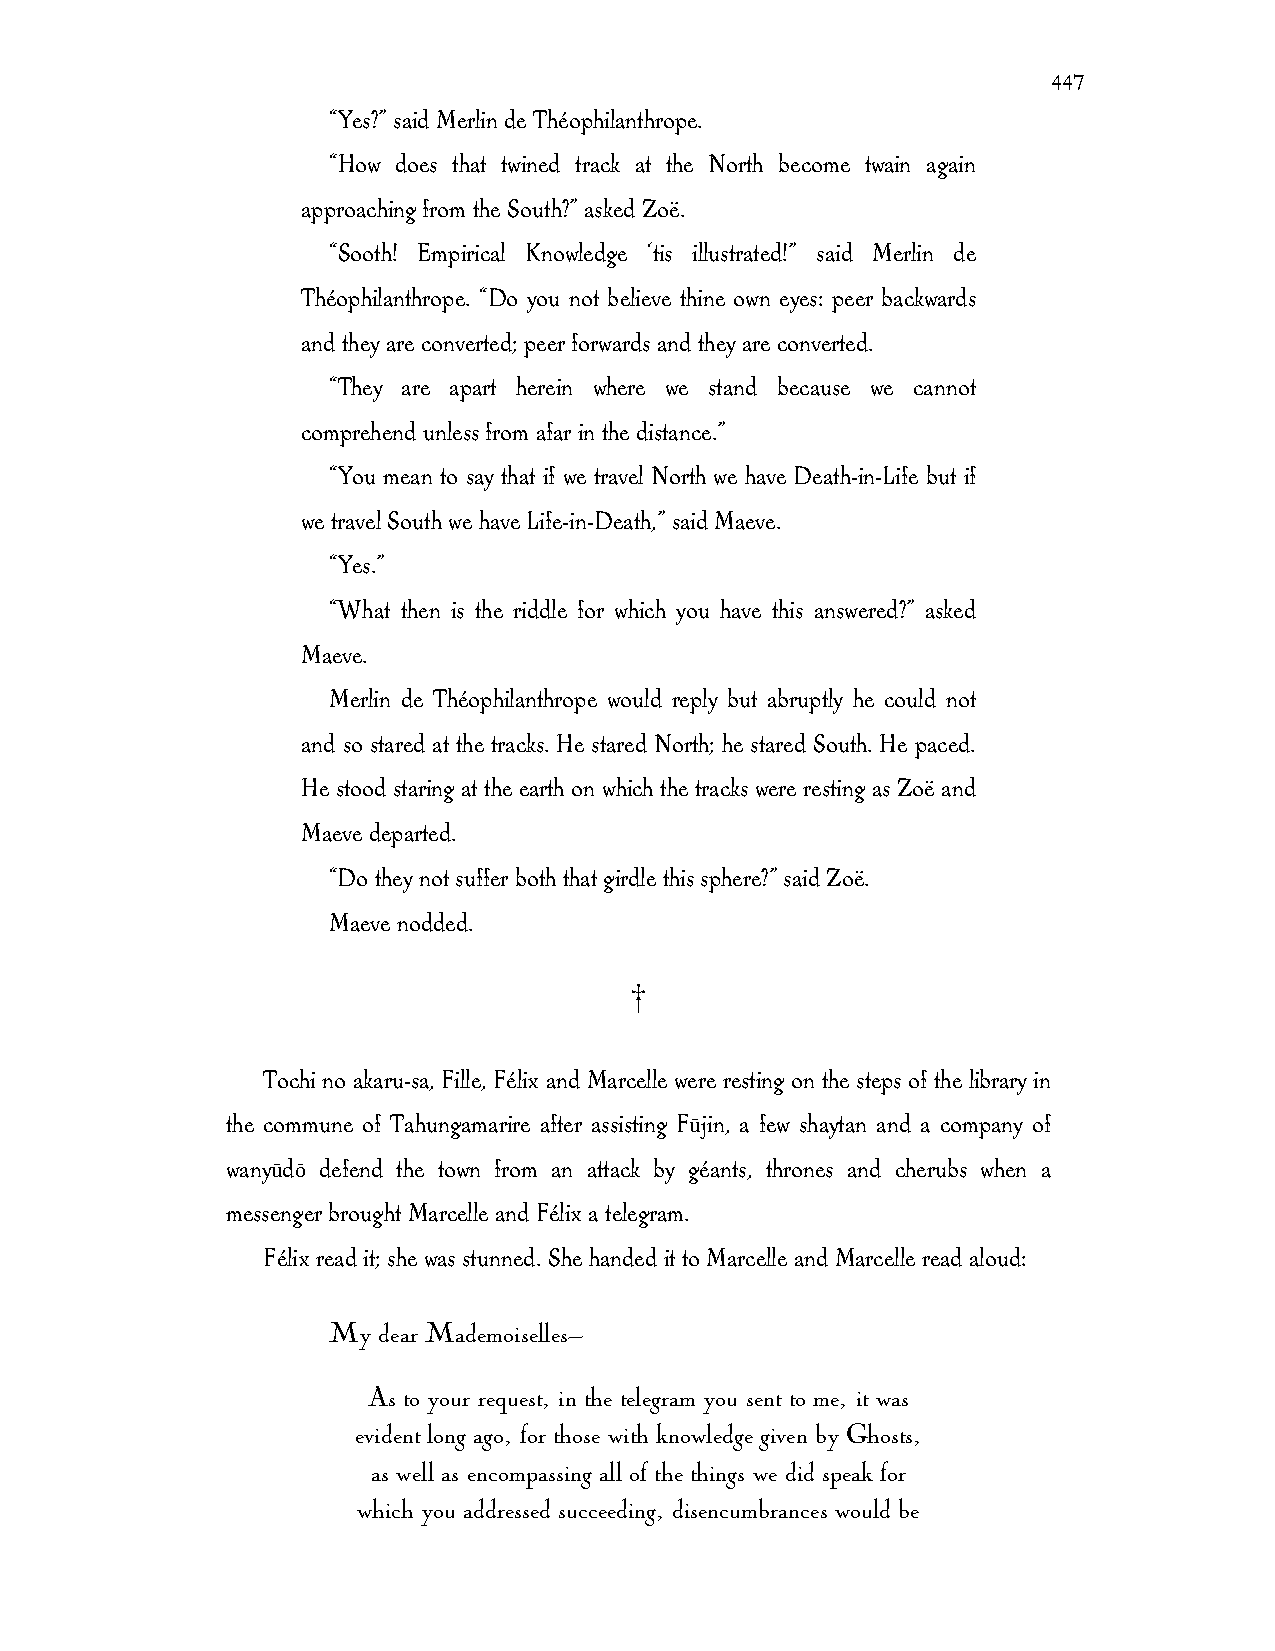
447
 “Yes?” said Merlin de Théophilanthrope.
 “How does that twined track at the North become twain again
 approaching from the South?” asked Zoë.
 “Sooth! Empirical Knowledge ‘tis illustrated!” said Merlin de
 Théophilanthrope. “Do you not believe thine own eyes: peer backwards
 and they are converted; peer forwards and they are converted.
 “They are apart herein where we stand because we cannot
 comprehend unless from afar in the distance.”
 “You mean to say that if we travel North we have Death-in-Life but if
 we travel South we have Life-in-Death,” said Maeve.
 “Yes.”
 “What then is the riddle for which you have this answered?” asked
 Maeve.
 Merlin de Théophilanthrope would reply but abruptly he could not
 and so stared at the tracks. He stared North; he stared South. He paced.
 He stood staring at the earth on which the tracks were resting as Zoë and
 Maeve departed.
 “Do they not suffer both that girdle this sphere?” said Zoë.
 Maeve nodded.
 †
 Tochi no akaru-sa, Fille, Félix and Marcelle were resting on the steps of the library in
 the commune of Tahungamarire after assisting Fūjin, a few shaytan and a company of
 wanyūdō defend the town from an attack by géants, thrones and cherubs when a
 messenger brought Marcelle and Félix a telegram.
 Félix read it; she was stunned. She handed it to Marcelle and Marcelle read aloud:
 My dear Mademoiselles—
 As to your request, in the telegram you sent to me, it was
 evident long ago, for those with knowledge given by Ghosts,
 as well as encompassing all of the things we did speak for
 which you addressed succeeding, disencumbrances would be